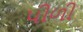
પીળી